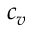
c _ { v }